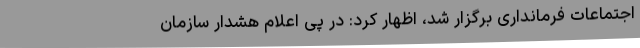
اجتماعات فرمانداری برگزار شد، اظهار کرد: در پی اعلام هشدار سازمان